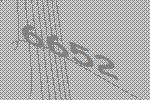
6652